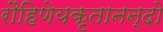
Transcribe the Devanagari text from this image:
रौहिणेयकृतानन्दो